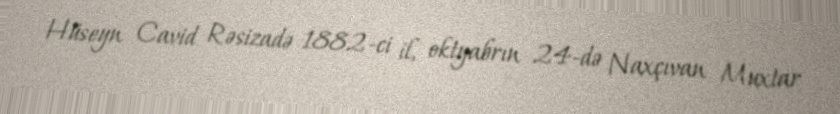
Hüseyn Cavid Rəsizadə 1882-ci il, oktyabrın 24-də Naxçıvan Muxtar